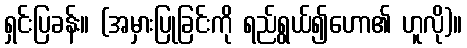
ရှင်းပြခန်း။ (အမှားပြုခြင်းကို ရည်ရွယ်၍ဟော၏ ဟူလို)။